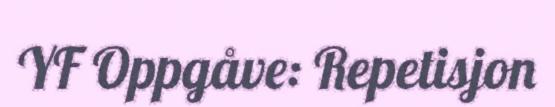
YF Oppgåve: Repetisjon